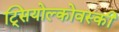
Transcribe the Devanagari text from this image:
ट्सियोल्कोवस्की